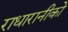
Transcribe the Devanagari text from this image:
राधारानीको